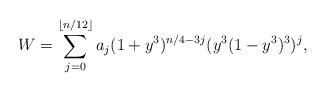
LaTeX: \begin{align*}W= \sum_{j=0}^{\lfloor n/12 \rfloor}a_j(1+y^3)^{n/4-3j}(y^3(1-y^3)^3)^j,\end{align*}